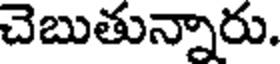
చెబుతున్నారు.